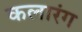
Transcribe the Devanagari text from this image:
कलारंग